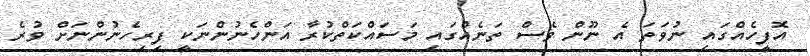
އޮފީހެއްގައި ނުވަތަ އެ ނޫން ވެސް ތަނެއްގައި މަސައްކަތްކުރާ އަންހެނުންނަކީ ފިރިހެނުންނަށް ވުރެ